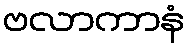
ဗလာကာနံ